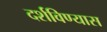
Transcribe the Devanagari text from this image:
दर्शविण्यास